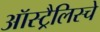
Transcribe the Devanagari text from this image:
ऑस्ट्रैलिस्चे